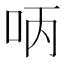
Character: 𠰳